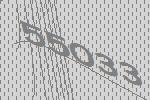
55033